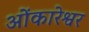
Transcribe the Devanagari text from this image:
ओेंकारेश्वर